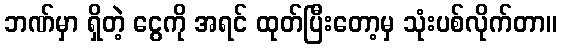
ဘဏ်မှာ ရှိတဲ့ ငွေကို အရင် ထုတ်ပြီးတော့မှ သုံးပစ်လိုက်တာ။